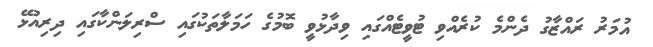
އުމަރު ރައްޒާގު ދެންމެ ކުރެއްވި ޓުވީޓެއްގައި ވިދާޅުވީ ބޮމުގެ ހަމަލާތަކުގައި ސްރިލަންކާގައި ދިރިއުޅޭ